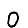
Digit: 0